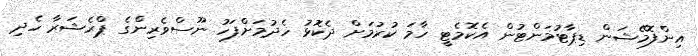
އިންފޮމޭޝަން ޑިޕާޓުމަންޓުން އެކޮމެޓީ ހާމަ ކުރުމަށް ދެކޮޅު ހެދުމަށްފަހު ނޫސްވެރިންގެ ޕްރެޝަރާ ހެދި